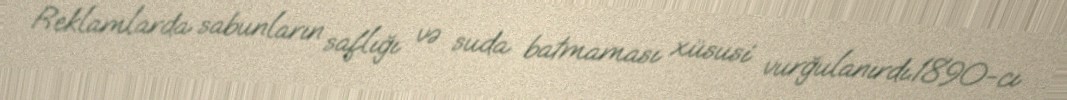
Reklamlarda sabunların saflığı və suda batmaması xüsusi vurğulanırdı.1890-cı